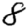
Digit: 8